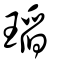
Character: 瑫